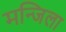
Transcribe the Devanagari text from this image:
मन्जिला